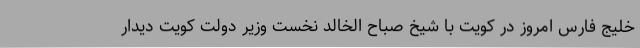
خلیج فارس امروز در کویت با شیخ صباح الخالد نخست وزیر دولت کویت دیدار